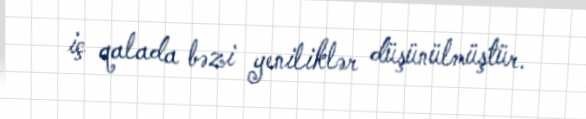
iç qalada bəzi yeniliklər düşünülmüştür.